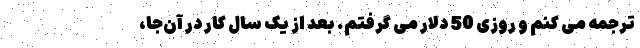
ترجمه می‌ کنم و روزی 50 دلار می‌ گرفتم. بعد از یک سال کار در آن‌جا،